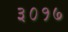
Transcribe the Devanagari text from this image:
३०१७